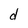
Character: d